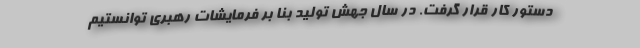
دستور کار قرار گرفت. در سال جهش تولید بنا بر فرمایشات رهبری توانستیم